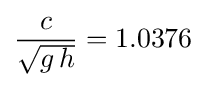
{\frac {c}{\sqrt {g\,h}}}=1.0376